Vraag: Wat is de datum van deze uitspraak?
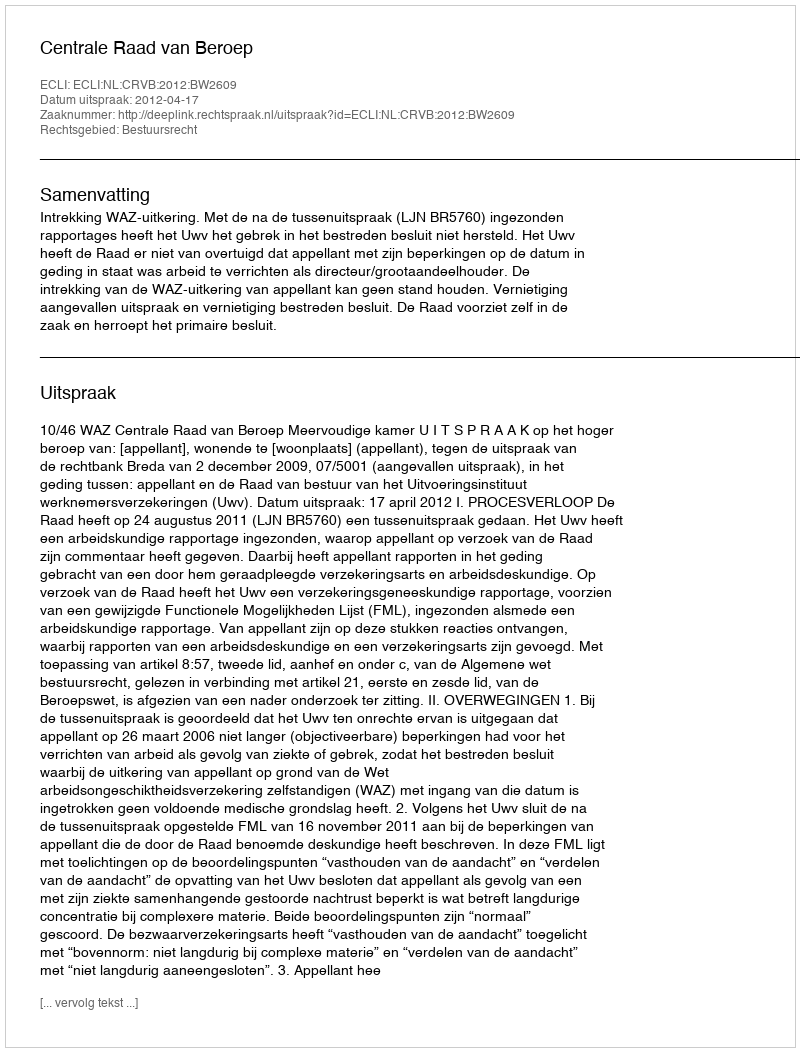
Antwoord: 2012-04-17